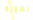
الصورة